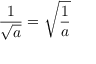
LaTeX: { \frac { 1 } { \sqrt { a } } } = { \sqrt { \frac { 1 } { a } } }